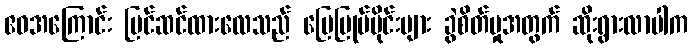
ဧဝအကြောင်း ပြင်ဆင်ထားလေသည် မြေမြုပ်မိုင်းများ ခွဲစိတ်မှုအတွက် ဆိုးရွားလာပါက